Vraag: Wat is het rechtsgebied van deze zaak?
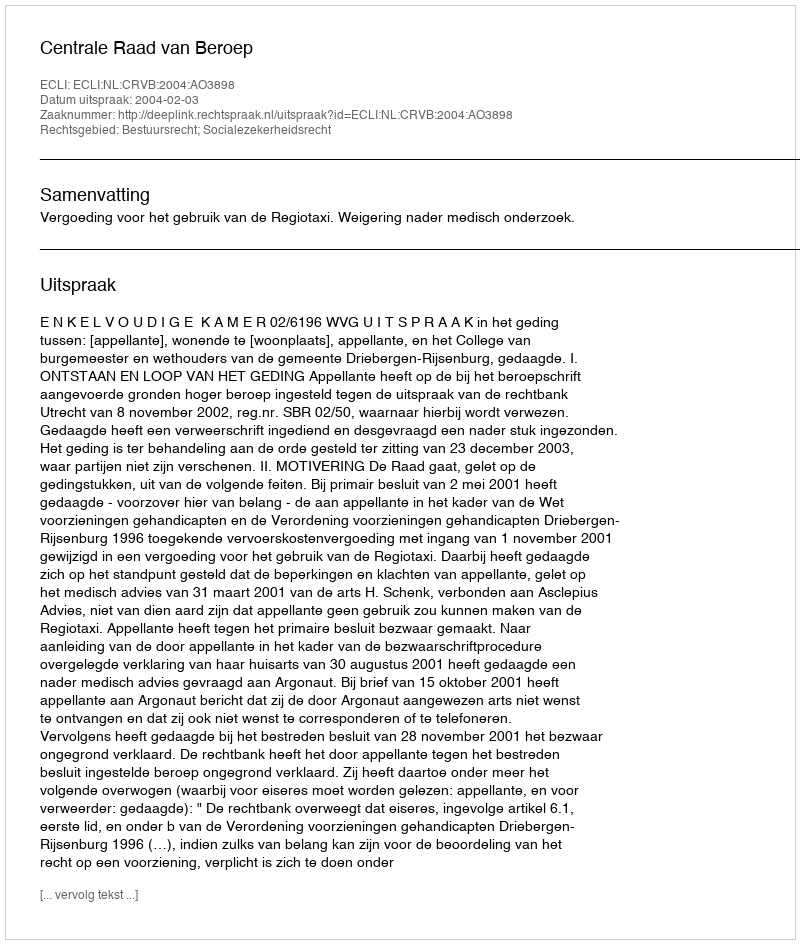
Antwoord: Bestuursrecht; Socialezekerheidsrecht